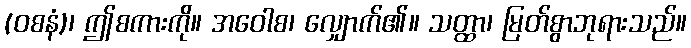
(ဝစနံ)၊ ဤစကားကို။ အဝေါစ၊ လျှောက်၏။ သတ္ထာ၊ မြတ်စွာဘုရားသည်။